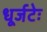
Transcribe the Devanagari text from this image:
धूर्जटेः